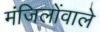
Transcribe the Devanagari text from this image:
मंजिलोंवाले